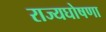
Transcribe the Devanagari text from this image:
राज्यघोषणा